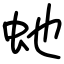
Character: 虵